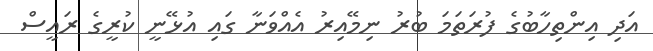
އަދި އިންތިހާބުގެ ފުރަތަމަ ބުރު ނިމޭއިރު އެއްވަނާ ގައި އުޅޭނީ ކުރީގެ ރައީސް